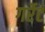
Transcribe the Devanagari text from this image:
गर्रेट